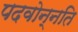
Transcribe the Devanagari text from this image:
पदवोन्नति